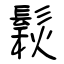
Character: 鬏